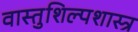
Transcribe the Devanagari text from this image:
वास्तुशिल्पशास्त्र